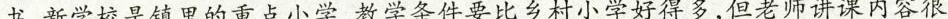
书，新学校是镇里的重点小学，教学条件要比乡村小学好得多，但老师讲课内容很